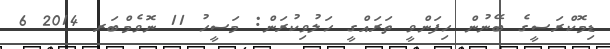
ޑިމޮކްރަސީގެ ބޭނުން ހިފަންވީ ތަރައްގީ ހަލުވިކުރަން: މަސީހު 11 ނޮވެމްބަރ 2014 6